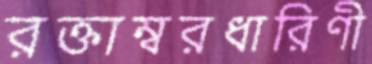
রক্তাম্বরধারিণী